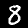
Digit: 8